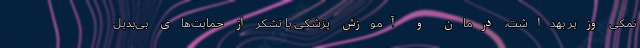
نمکی وزیر بهداشت، درمان و آموزش پزشکی با تشکر از حمایت‌های بی‌بدیل